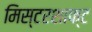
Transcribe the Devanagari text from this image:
मिस्टरशाफ्ट